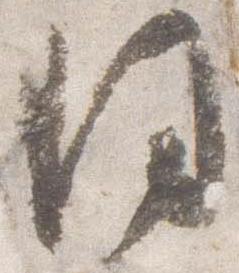
同